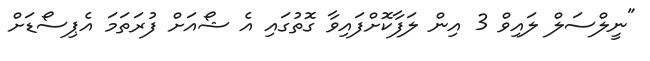
"ނީލްސަލް ލައިވް 3 އިން ލަފާކޮށްފައިވާ ގޮތުގައި އެ ޝޯއަށް ފުރަތަމަ އެޕިސޯޑަށް